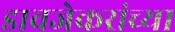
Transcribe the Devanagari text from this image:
डावजेकरांच्या